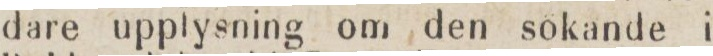
dare upplysning om den sökande i